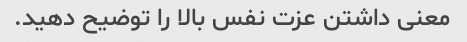
معنی داشتن عزت نفس بالا را توضیح دهید.